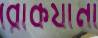
রোকযানা